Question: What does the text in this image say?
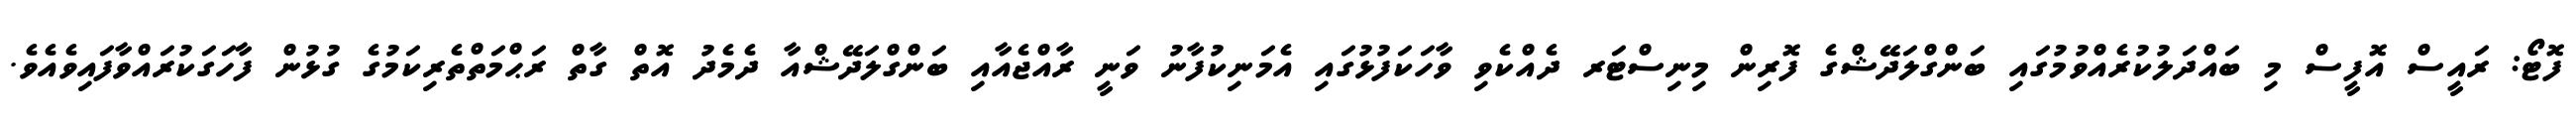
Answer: ފޮޓޯ: ރައީސް އޮފީސް މި ބައްދަލުކުރެއްވުމުގައި ބަންގްލަދޭޝްގެ ފޮރިން މިނިސްޓަރ ދެއްކެވި ވާހަކަފުޅުގައި އެމަނިކުފާނު ވަނީ ރާއްޖެއާއި ބަންގްލަދޭޝްއާ ދެމެދު އޮތް ގާތް ރަޙްމަތްތެރިކަމުގެ ގުޅުން ފާހަގަކުރައްވާފައިވެއެވެ.